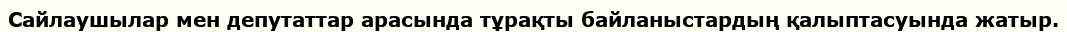
Сайлаушылар мен депутаттар арасында тұрақты байланыстардың қалыптасуында жатыр.